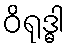
ဝိရုဒ္ဓါ